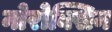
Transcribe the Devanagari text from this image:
नोरोक्सिन